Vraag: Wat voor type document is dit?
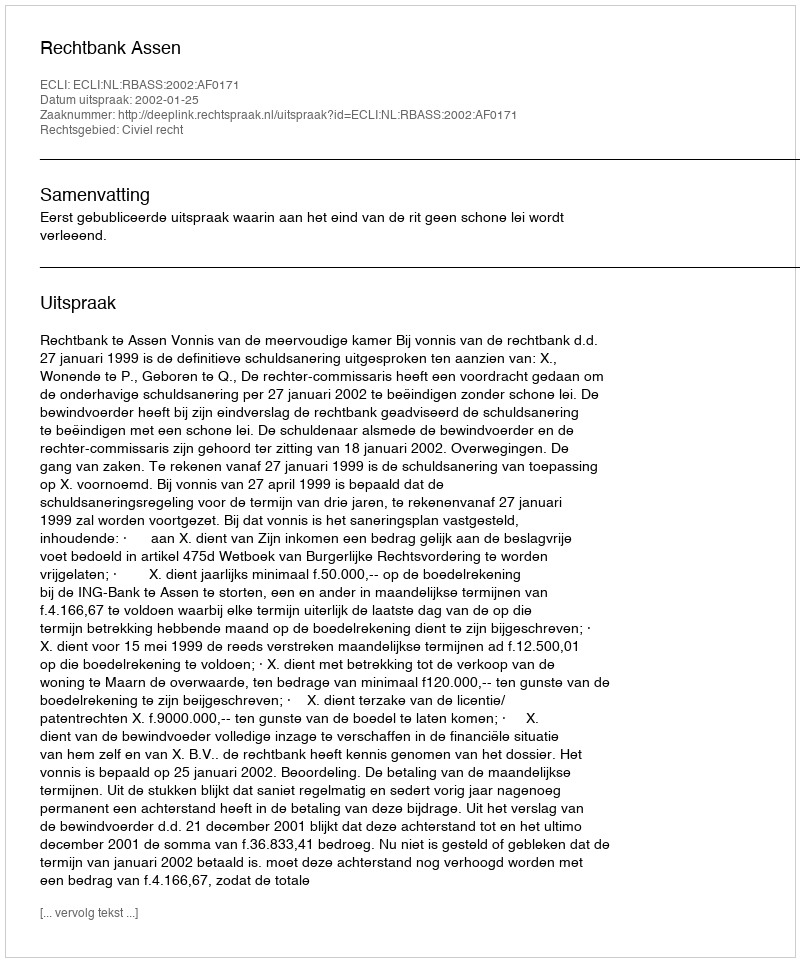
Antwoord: Uitspraak